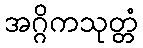
အဂ္ဂိကသုတ္တံ